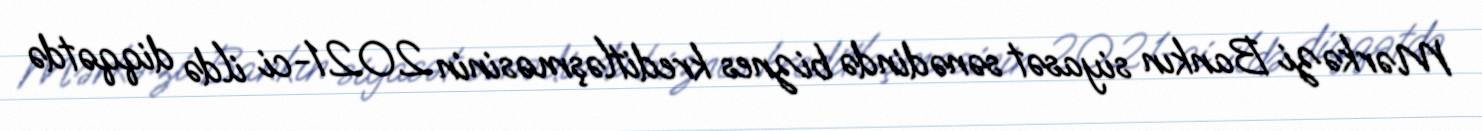
Mərkəzi Bankın siyasət sənədində biznes kreditləşməsinin 2021-ci ildə diqqətdə